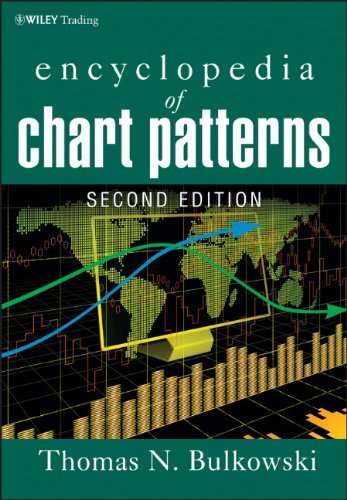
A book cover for Encyclopedia of Chart Patterns; Thomas N. Bulkowski; Business & Money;